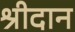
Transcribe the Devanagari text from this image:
श्रीदान